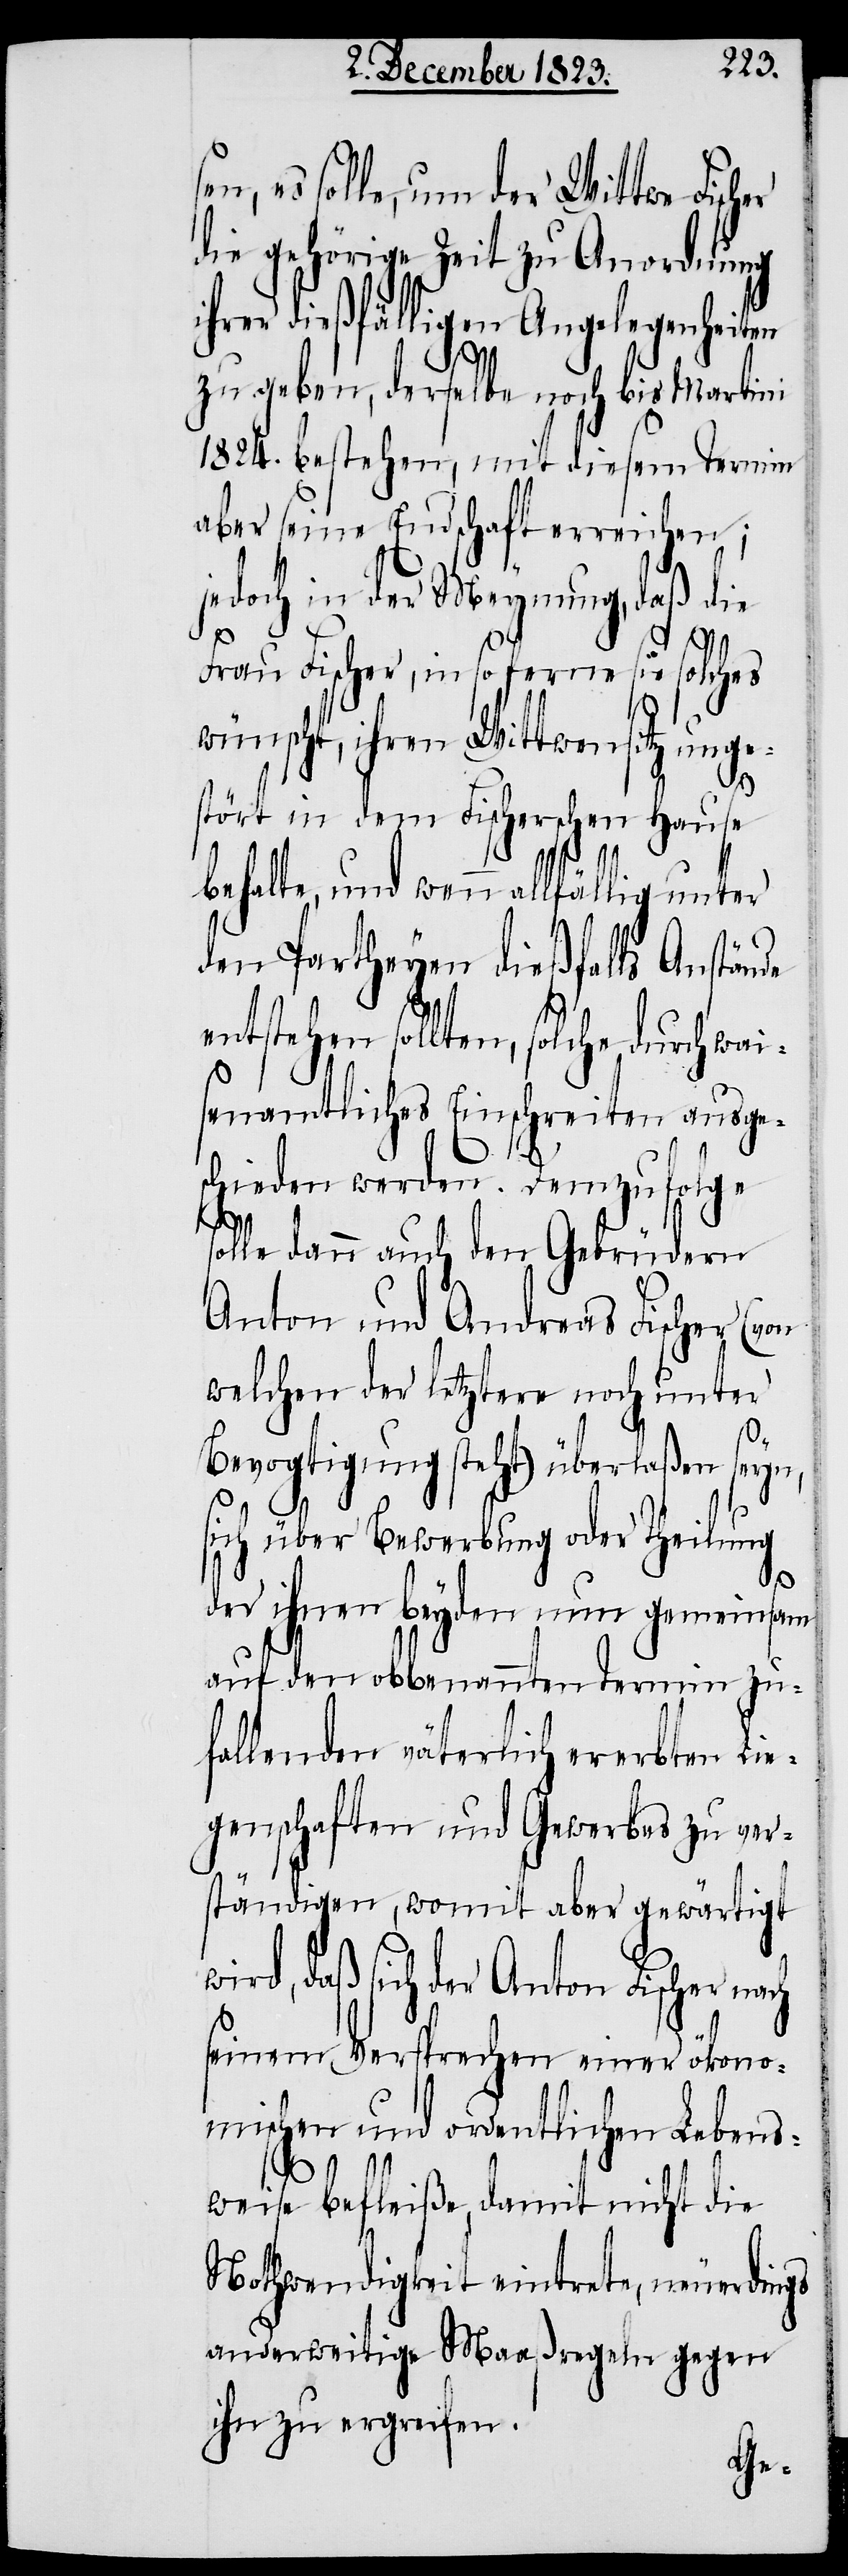
en, es solle, um der Wittwe Fisc¬
die gehörige Zeit zu Anordnung
ihrer dießfälligen Angelegenheiten
s¬
zu geben, derselbe noch bis Martini
1824. bestehen, mit diesem Termin
aber seine Endschaft erreichen;
jedoch in der Meynung, daß die
Frau Fischer, in so ferne sie solches
wünscht, ihren Wittwensitz unge¬
stört in dem Fischerschen Hause
behalte, und wenn allfällig unter
den Partheyen dießfalls Anstände
entstehen sollten, solche durch wai¬
senamtliches Einschreiten ausge¬
schieden werden. Demzufolge
olle dann auch den Gebrüdern
Anton und Andreas Fischer (von
welchen der letztere noch unter
Bevogtigung steht) überlaßen seyn,
sich über Bewerbung oder Theilung
her
der ihnen beyden nun gemeinsam
auf den obbenannten Termin zu¬
fallenden väterlich ererbten Lie¬
genschaften und Gewerbes zu ver¬
ständigen, womit aber gewärtigt
wird, daß sich der Anton Fischer nach
seinem Versprechen einer ökono¬
mischen und ordentlichen Lebens¬
weise befleiße, damit nicht die
Nothwendigkeit eintrete, neuerdings
anderweitige Maaßregeln gegen
ihn zu ergreifen.